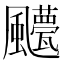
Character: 𲋍